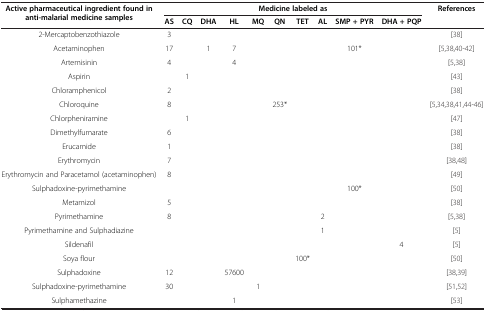
<table><thead><tr><td rowspan="2"><b>Active pharmaceutical ingredient found in anti-malarial medicine samples</b></td><td colspan="10"><b>Medicine labeled as</b></td><td rowspan="2"><b>References</b></td></tr><tr><td><b>AS</b></td><td><b>CQ</b></td><td><b>DHA</b></td><td><b>HL</b></td><td><b>MQ</b></td><td><b>QN</b></td><td><b>TET</b></td><td><b>AL</b></td><td><b>SMP + PYR</b></td><td><b>DHA + PQP</b></td></tr></thead><tbody><tr><td>2-Mercaptobenzothiazole</td><td>3</td><td> </td><td> </td><td> </td><td> </td><td> </td><td> </td><td> </td><td> </td><td> </td><td>[38]</td></tr><tr><td>Acetaminophen</td><td>17</td><td> </td><td>1</td><td>7</td><td> </td><td> </td><td> </td><td> </td><td>101*</td><td> </td><td>[5,38,40-42]</td></tr><tr><td>Artemisinin</td><td>4</td><td> </td><td> </td><td>4</td><td> </td><td> </td><td> </td><td> </td><td> </td><td> </td><td>[5,38]</td></tr><tr><td>Aspirin</td><td> </td><td>1</td><td> </td><td> </td><td> </td><td> </td><td> </td><td> </td><td> </td><td> </td><td>[43]</td></tr><tr><td>Chloramphenicol</td><td>2</td><td> </td><td> </td><td> </td><td> </td><td> </td><td> </td><td> </td><td> </td><td> </td><td>[38]</td></tr><tr><td>Chloroquine</td><td>8</td><td> </td><td> </td><td> </td><td> </td><td>253*</td><td> </td><td> </td><td> </td><td> </td><td>[5,34,38,41,44-46]</td></tr><tr><td>Chlorpheniramine</td><td> </td><td>1</td><td> </td><td> </td><td> </td><td> </td><td> </td><td> </td><td> </td><td> </td><td>[47]</td></tr><tr><td>Dimethylfumarate</td><td>6</td><td> </td><td> </td><td> </td><td> </td><td> </td><td> </td><td> </td><td> </td><td> </td><td>[38]</td></tr><tr><td>Erucamide</td><td>1</td><td> </td><td> </td><td> </td><td> </td><td> </td><td> </td><td> </td><td> </td><td> </td><td>[38]</td></tr><tr><td>Erythromycin</td><td>7</td><td> </td><td> </td><td> </td><td> </td><td> </td><td> </td><td> </td><td> </td><td> </td><td>[38,48]</td></tr><tr><td>Erythromycin and Paracetamol (acetaminophen)</td><td>8</td><td> </td><td> </td><td> </td><td> </td><td> </td><td> </td><td> </td><td> </td><td> </td><td>[49]</td></tr><tr><td>Sulphadoxine-pyrimethamine</td><td> </td><td> </td><td> </td><td> </td><td> </td><td> </td><td> </td><td> </td><td>100*</td><td> </td><td>[50]</td></tr><tr><td>Metamizol</td><td>5</td><td> </td><td> </td><td> </td><td> </td><td> </td><td> </td><td> </td><td> </td><td> </td><td>[38]</td></tr><tr><td>Pyrimethamine</td><td>8</td><td> </td><td> </td><td> </td><td> </td><td> </td><td> </td><td>2</td><td> </td><td> </td><td>[5,38]</td></tr><tr><td>Pyrimethamine and Sulphadiazine</td><td> </td><td> </td><td> </td><td> </td><td> </td><td> </td><td> </td><td>1</td><td> </td><td> </td><td>[5]</td></tr><tr><td>Sildenafil</td><td> </td><td> </td><td> </td><td> </td><td> </td><td> </td><td> </td><td> </td><td> </td><td>4</td><td>[5]</td></tr><tr><td>Soya flour</td><td> </td><td> </td><td> </td><td> </td><td> </td><td> </td><td>100*</td><td> </td><td> </td><td> </td><td>[50]</td></tr><tr><td>Sulphadoxine</td><td>12</td><td> </td><td> </td><td>57600</td><td> </td><td> </td><td> </td><td> </td><td> </td><td> </td><td>[38,39]</td></tr><tr><td>Sulphadoxine-pyrimethamine</td><td>30</td><td> </td><td> </td><td> </td><td>1</td><td> </td><td> </td><td> </td><td> </td><td> </td><td>[51,52]</td></tr><tr><td>Sulphamethazine</td><td> </td><td> </td><td> </td><td>1</td><td> </td><td> </td><td> </td><td> </td><td> </td><td> </td><td>[53]</td></tr></tbody></table>